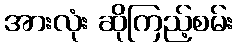
အားလုံး ဆိုကြည့်စမ်း